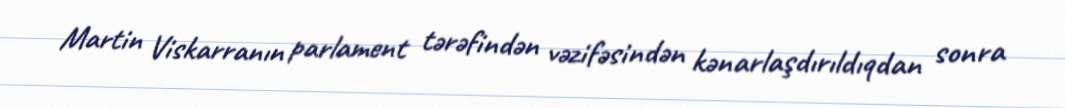
Martin Viskarranın parlament tərəfindən vəzifəsindən kənarlaşdırıldıqdan sonra